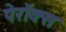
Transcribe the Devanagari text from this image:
पेरॉक्स